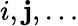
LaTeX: i,\mathbf{j},\ldots